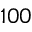
1 0 0